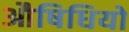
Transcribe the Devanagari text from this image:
औषिधियो